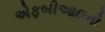
એફબીઆઇનો